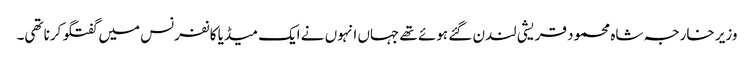
وزیر خارجہ شاہ محمود قریشی لندن گئے ہوئے تھے جہاں انہوں نے ایک میڈیا کانفرنس میں گفتگو کرنا تھی۔